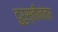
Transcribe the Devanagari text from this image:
दुरुस्तीनंतर